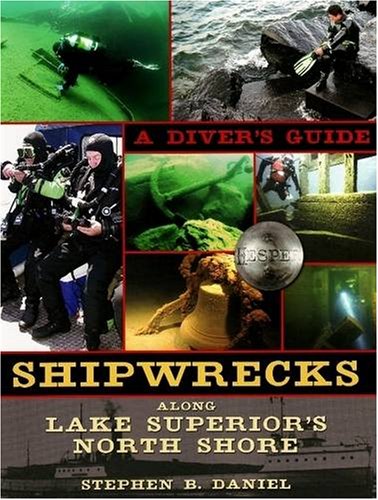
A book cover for Shipwrecks Along Superior's North Shore: A Diving Guide; Stephen B. Daniel; Travel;